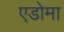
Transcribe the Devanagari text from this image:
एडोमा